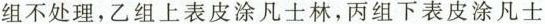
组不处理，乙组上表皮涂凡士林，丙组下表皮涂凡士